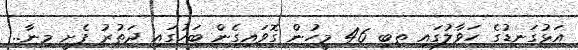
އަޅުގަނޑުގެ ހަވާލުގައި ތިބި 46 މީހުން ގޮވައިގެން ބަހުގައި ދަތުރު ފެށީ މިނާ..